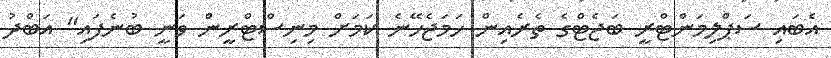
އެބައި ސަޕްލިމަންޓްރީ ބަޖެޓްގެ ތެރެއިން ހަމަޖެހޭނެ ކަމަށް މިނިސްޓްރީން ވަނީ ބުނެފައި" އަބްދު